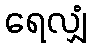
ရေလျှံ